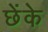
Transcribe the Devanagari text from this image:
छेंके